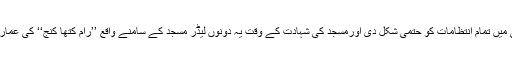
رپورٹ کے مطابق مرلی منوہر جوشی اورایڈوانی نے اپنی نگرانی میں تمام انتظامات کو حتمی شکل دی اورمسجد کی شہادت کے وقت یہ دونوں لیڈر مسجد کے سامنے واقع ’’رام کتھا کنج‘‘ کی عمارت میں موجود تھے جوبابری مسجد سے صرف دوسومیٹر دورتھا۔